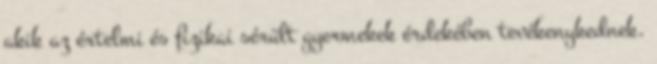
akik az értelmi és fizikai sérült gyermekek érdekében tevékenykednek.